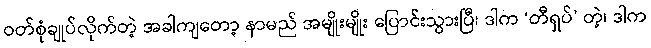
ဝတ်စုံချုပ်လိုက်တဲ့ အခါကျတော့ နာမည် အမျိုးမျိုး ပြောင်းသွားပြီ၊ ဒါက ‘တီရှပ်’ တဲ့၊ ဒါက